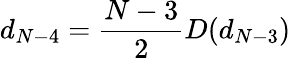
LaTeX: d_{N-4}=\frac{N-3}{2}D(d_{N-3})